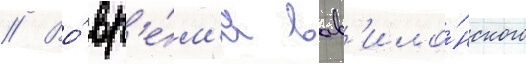
// Во́ вр'е́м'я вав'ило́нского